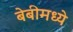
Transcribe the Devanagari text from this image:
बेबीमध्ये